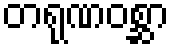
တရုဏဝစ္ဆာ